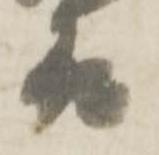
殿